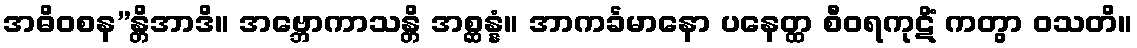
အဓိဝစန”န္တိအာဒိ။ အဗ္ဘောကာသန္တိ အစ္ဆန္နံ။ အာကင်္ခမာနော ပနေတ္ထ စီဝရကုဋိံ ကတွာ ဝသတိ။